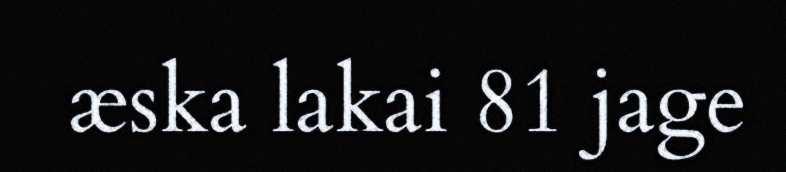
æska lakai 81 jage